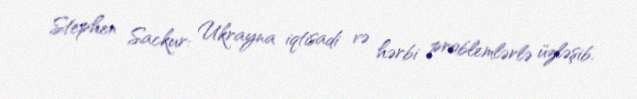
Stephen Sackur: Ukrayna iqtisadi və hərbi problemlərlə üzləşib.